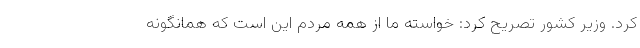
کرد. وزیر کشور تصریح کرد: خواسته ما از همه مردم این است که همانگونه